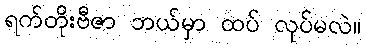
ရက်တိုးဗီဇာ ဘယ်မှာ ထပ် လုပ်မလဲ။